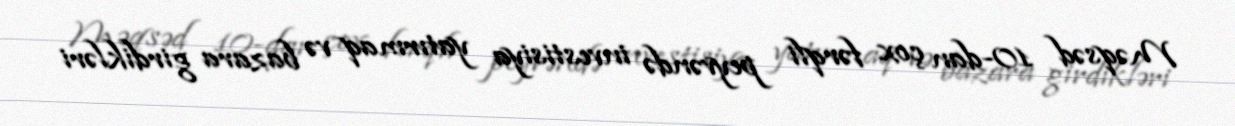
Məqsəd 10-dan çox fərqli peyvəndə investisiya yatırmaq və bazara girdikləri